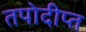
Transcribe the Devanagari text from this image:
तपोदीप्त